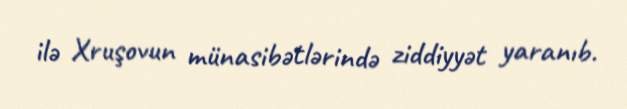
ilə Xruşovun münasibətlərində ziddiyyət yaranıb.